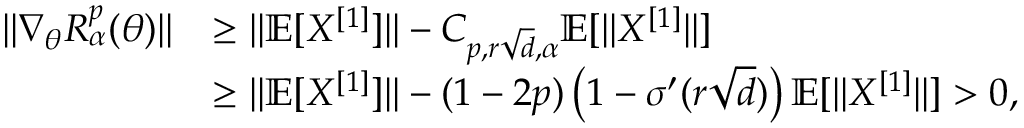
\begin{array} { r l } { \| \nabla _ { \theta } R _ { \alpha } ^ { p } ( \theta ) \| } & { \geq \| \mathbb { E } [ X ^ { [ 1 ] } ] \| - C _ { p , r \sqrt { d } , \alpha } \mathbb { E } [ \| X ^ { [ 1 ] } \| ] } \\ & { \geq \| \mathbb { E } [ X ^ { [ 1 ] } ] \| - ( 1 - 2 p ) \left( 1 - \sigma ^ { \prime } ( r \sqrt { d } ) \right) \mathbb { E } [ \| X ^ { [ 1 ] } \| ] > 0 , } \end{array}